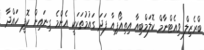
ބްރެޒިލް ވިއެޓްނާމް ކޮލަމްބިއާ އިތިއޯޕިއާ ފަދަ ގައުމުތަކަކީ އެންމެ ގިނައިން ކޮފީ ހައްދާ